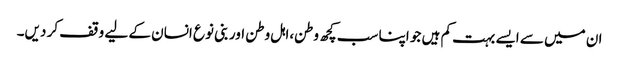
ان میں سے ایسے بہت کم ہیں جو اپنا سب کچھ وطن،اہل وطن اور بنی نوع انسان کے لیے وقف کر دیں۔